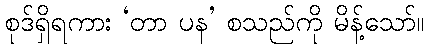
စုဒ်ရှိရကား ‘တာ ပန’ စသည်ကို မိန့်သော်။